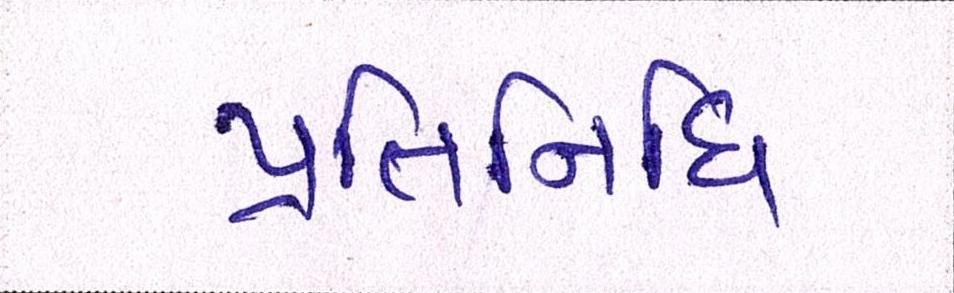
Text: પ્રતિનિધિ